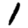
Digit: 1